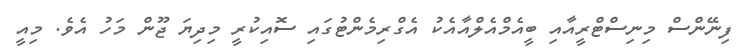
ފިނޭންސް މިނިސްޓްރީއާއި ބީއެމްއެލްއާއެކު އެގްރިމެންޓުގައި ސޮއިކުރީ މިދިޔަ ޖޫން މަހު އެވެ. މިއީ